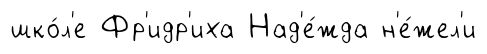
шко́л'е Фр'идр'иха Над'е́жда н'е́жел'и